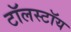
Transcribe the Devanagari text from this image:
टॉलस्‍टॉय